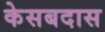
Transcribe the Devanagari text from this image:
केसबदास